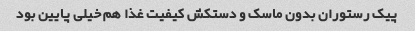
پیک رستوران بدون ماسک و دستکش کیفیت غذا هم خیلی پایین بود